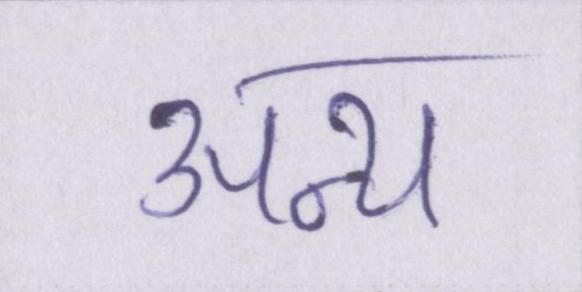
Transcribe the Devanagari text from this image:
अन्य